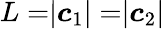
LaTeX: L=\rvert\boldsymbol c_{1}\rvert=\rvert\boldsymbol c_{2}\rvert